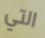
التي